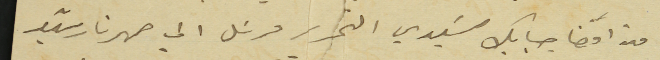
من افضا حبابك سَيدي التحرير مرسَل الي صهرنا رشيد